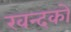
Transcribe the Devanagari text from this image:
खन्दकों